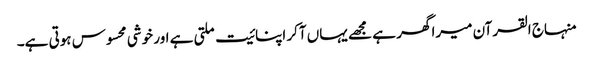
منہاج القرآن میرا گھر ہے مجھے یہاں آکر اپنائیت ملتی ہے اور خوشی محسوس ہوتی ہے۔